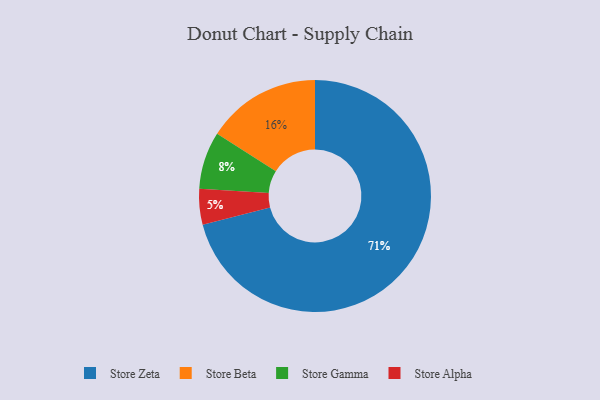
{"axis": {"x": "Category", "y": "Percentage"}, "legend": ["Store Alpha", "Store Beta", "Store Gamma", "Store Zeta"], "data": [{"x": "Store Zeta", "y": 71, "type": "Store Zeta"}, {"x": "Store Beta", "y": 16, "type": "Store Beta"}, {"x": "Store Gamma", "y": 8, "type": "Store Gamma"}, {"x": "Store Alpha", "y": 5, "type": "Store Alpha"}]}